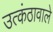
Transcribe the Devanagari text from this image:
उत्कंठावाले